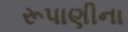
રૂપાણીના